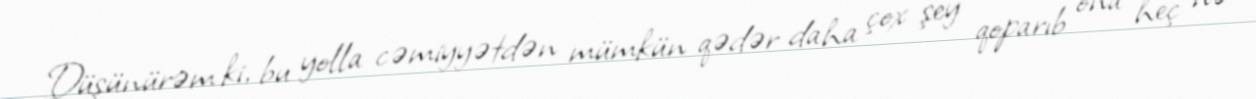
Düşünürəm ki, bu yolla cəmiyyətdən mümkün qədər daha çox şey qoparıb ona heç nə